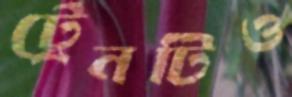
ট্রেনটিও